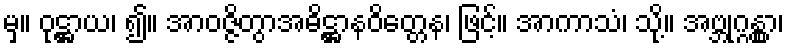
မှ။ ဝုဋ္ဌာယ၊ ၍။ အာဝဇ္ဇိတွာအဓိဋ္ဌာနဝိတ္တေန၊ ဖြင့်။ အာကာသံ၊ သို့။ အဗ္ဘုဂ္ဂန္တွာ၊